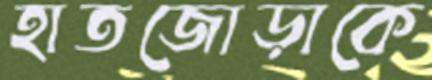
হাতজোড়াকে